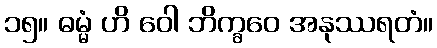
၁၅။ ဓမ္မံ ဟိ ဝေါ ဘိက္ခဝေ အနုဿရတံ။